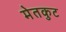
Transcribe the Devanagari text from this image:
मेतकुट